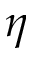
\eta